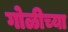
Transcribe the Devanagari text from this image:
गोळीच्या